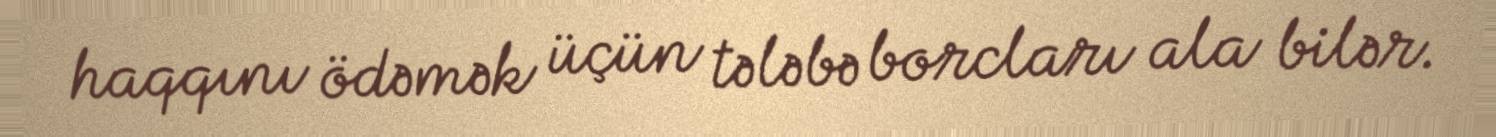
haqqını ödəmək üçün tələbə borcları ala bilər.